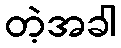
တဲ့အခါ